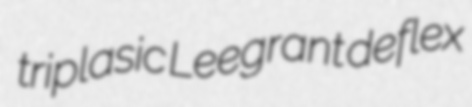
triplasic Leegrant deflex